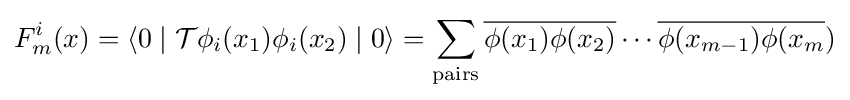
F_{m}^{i}(x)=\left\langle 0\mid {\mathcal {T}}\phi _{i}(x_{1})\phi _{i}(x_{2})\mid 0\right\rangle =\sum _{\mathrm {pairs} }{\overline {\phi (x_{1})\phi (x_{2})}}\cdots {\overline {\phi (x_{m-1})\phi (x_{m}}})